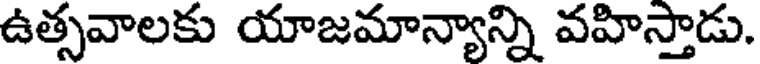
ఉత్సవాలకు యాజమాన్యాన్ని వహిస్తాడు.